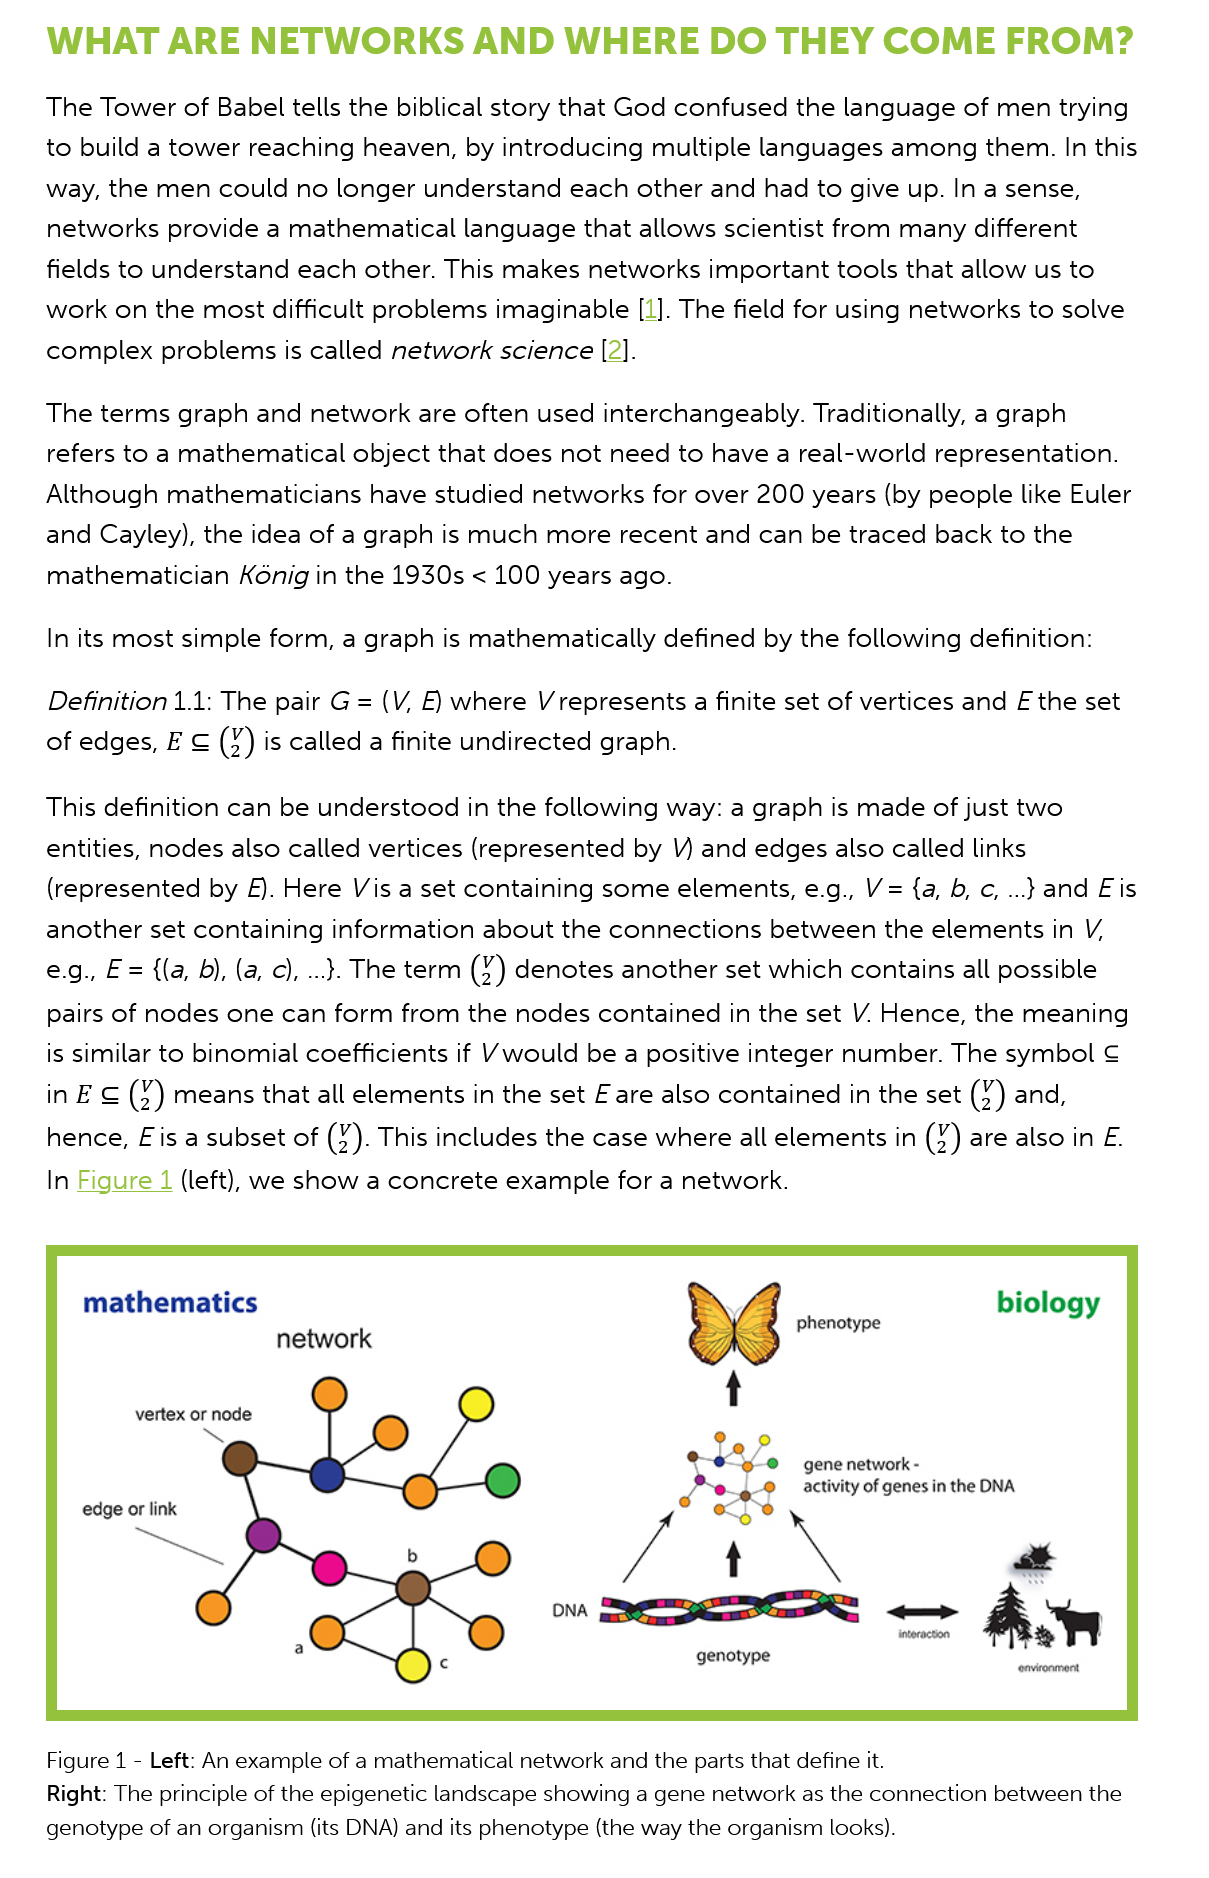
WHAT   ARE    NETWORKS    AND    WHERE    DO    THEY    COME    FROM?
    The  Tower of Babel tells the biblical story that God confused the language of men trying
    to build a tower reaching heaven, by introducing multiple languages among   them. In this
    way, the men  could no  longer understand each  other and had to give up. In a sense,
    networks provide  a mathematical  language that allows scientist from many different
    fields to understand each other. This makes networks important  tools that allow us to
    work  on the most difficult problems imaginable [1]. The field for using networks to solve
    complex   problems is called network science [2].
    The  terms graph and  network are often used interchangeably. Traditionally, a graph
    refers to a mathematical object that does not need to have a real-world representation.
    Although  mathematicians  have studied networks  for over 200 years (by people like Euler
    and  Cayley), the idea of a graph is much more recent and can be traced back to the
    mathematician   Konig in the 1930s < 100 years ago.
    In its most simple form, a graph is mathematically defined by the following definition:
    Definition 1.1: The pair G = (V, £) where V represents a finite set of vertices and F the set
    of edges, E € Q)  is called a finite undirected graph.
    This definition can be understood in the following way: a graph is made of just two
    entities, nodes also called vertices (represented by V) and edges also called links
    (represented by £). Here Vis a set containing some elements, e.g., V= {a, b,c, ..} and Fis
    another  set containing information about the connections between the  elements in  V,
    eg., F=  {(a, b), (a, o), ...}. The term Q) denotes another set which contains all possible
    pairs of nodes one can form  from the nodes  contained in the set V. Hence, the meaning
    is similar to binomial coefficients if V would be a positive integer number. The symbol ¢
    inES   Q)  means that all elements in the set E are also contained in the set Q) and,
    hence,  Eis a subset of (Q). This includes the case where all elements in Q) are also in E.
    In Figure 4 (left), we show a concrete example for a network.
    Figure 1
     -
     Left: An example of a mathematical network and the parts that define it.
    Right: The principle of the epigenetic landscape showing a gene network as the connection between the
    genotype of an organism (its DNA) and its phenotype (the way the organism looks).